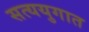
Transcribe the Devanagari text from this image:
सत्ययुगात